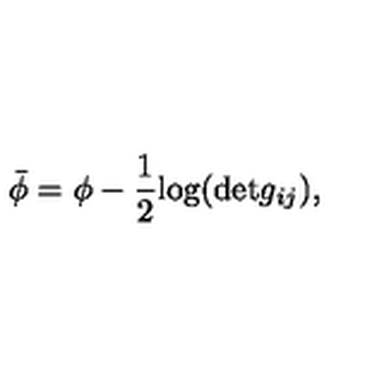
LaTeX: \bar { \phi } = \phi - \frac { 1 } { 2 } \mathrm { l o g } ( \mathrm { d e t } g _ { i j } ) ,